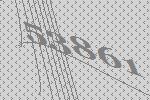
53861